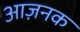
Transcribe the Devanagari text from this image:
आज़नक